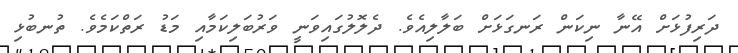
ދަރިފުޅަށް އޭނާ ނިކަން ރަނގަޅަށް ބަލާލިއެވެ. ދެލޮލުގައިވަނީ ވަރުބަލިކަމާއި މަޑު ރަތްކަމެވެ. ތުނބުޅި